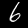
Digit: 6